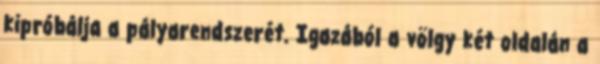
kipróbálja a pályarendszerét. Igazából a völgy két oldalán a